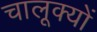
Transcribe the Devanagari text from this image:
चालूक्यों